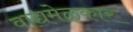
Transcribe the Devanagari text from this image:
वाद्यमेळकार